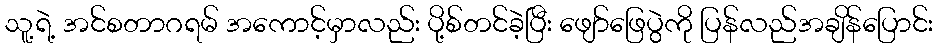
သူ့ရဲ့ အင်စတာဂရမ် အကောင့်မှာလည်း ပို့စ်တင်ခဲ့ပြီး ဖျော်ဖြေပွဲကို ပြန်လည်အချိန်ပြောင်း